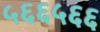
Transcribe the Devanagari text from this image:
५६६५६६